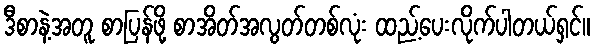
ဒီစာနဲ့အတူ စာပြန်ဖို့ စာအိတ်အလွတ်တစ်လုံး ထည့်ပေးလိုက်ပါတယ်ရှင်။